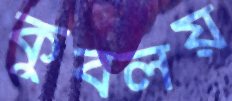
কুবলয়